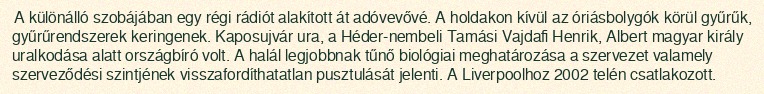
A különálló szobájában egy régi rádiót alakított át adóvevővé. A holdakon kívül az óriásbolygók körül gyűrűk, gyűrűrendszerek keringenek. Kaposujvár ura, a Héder-nembeli Tamási Vajdafi Henrik, Albert magyar király uralkodása alatt országbíró volt. A halál legjobbnak tűnő biológiai meghatározása a szervezet valamely szerveződési szintjének visszafordíthatatlan pusztulását jelenti. A Liverpoolhoz 2002 telén csatlakozott.